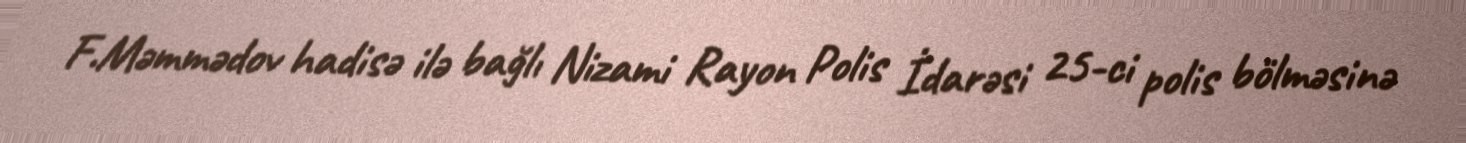
F.Məmmədov hadisə ilə bağlı Nizami Rayon Polis İdarəsi 25-ci polis bölməsinə